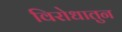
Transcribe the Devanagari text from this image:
विरोधातुन